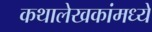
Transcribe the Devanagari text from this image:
कथालेखकांमध्ये